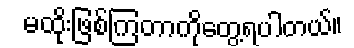
မထိုးဖြစ်ကြတာကိုတွေ့ရပါတယ်။